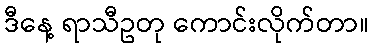
ဒီနေ့ ရာသီဥတု ကောင်းလိုက်တာ။